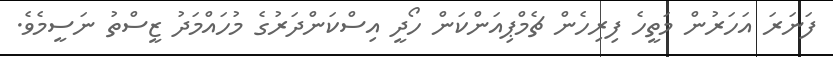
ފަނަރަ އަހަރުން މަތީހެ ފިރިހެން ޗެމްޕިއަންކަން ހޯދީ އިސްކަންދަރުގެ މުހައްމަދު ޒީސްތު ނަސީމެވެ.